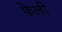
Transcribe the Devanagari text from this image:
फ़ेली